Report of the Indian Hemp Drugs Commission, 1894-1895 - Volume III
Year: 1894
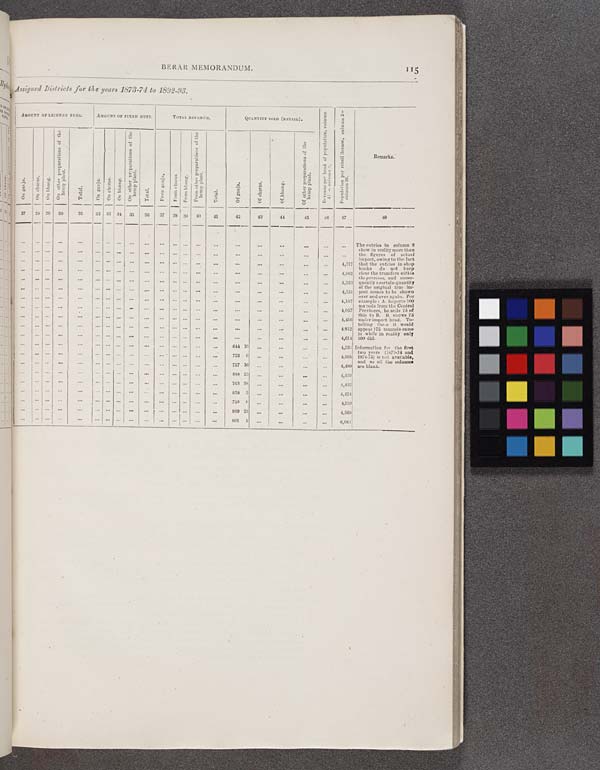
BERAR MEMORANDUM.
115
Assigned Districts for the years 1873-74 to 1892-93.
AMOUNT OF LICENSE FEES.
AMOUNT OF FIXED DUTY.
TOTAL REVENUE.
QUANTITY SOLD (RETAIL).
Revenue per head of population, column
41 ÷ column 2.
Population per retail license, column 2 ÷
column 26.
Remarks.
On ganja.
On charas.
On bhang.
On other preparations of the
hemp plant.
Total.
On ganja.
On Charas.
On bhang.
On other preparations of the
hemp plant.
Total.
From ganja.
From charas.
From bhang.
From other preparations of the
hemp plant.
Total.
Of ganja.
Of charas.
Of bhang.
Of other preparations of the
hemp plant.
Revenue per head of population, column
41 ÷ column 2.
Population per retail license, column 2 ÷
column 26.
Remarks.
27
28 29
30
31
32 33 34 35
36
37
38 39
40
41
42
43
44
45
46
47
48
The entries in column 9
show in reality more than
the figures of actual
import, owing to the fact
that the entries in shop
books
do not keep
clear the transfers within
the province, and conse-
quently a certain quantity
of the original true im-
port comes to be shown
over and over again. For
example: A. imports 100
maunds from the Central
Provinces, he sells 75 of
this to B. B. shows 75
under import head. To-
talling these it would
appear 175 maunds came
in while in reality only
100 did.
Information for the first
two years (1873-74 and
1874-75) is not available,
and so all the columns
are blank.
The entries in column 9
show in reality more than
the figures of actual
import, owing to the fact
that the entries in shop
books
do not keep
clear the transfers within
the province, and conse-
quently a certain quantity
of the original true im-
port comes to be shown
over and over again. For
example: A. imports 100
maunds from the Central
Provinces, he sells 75 of
this to B. B. shows 75
under import head. To-
talling these it would
appear 175 maunds came
in while in reality only
100 did.
Information for the first
two years (1873-74 and
1874-75) is not available,
and so all the columns
are blank.
4,317
The entries in column 9
show in reality more than
the figures of actual
import, owing to the fact
that the entries in shop
books
do not keep
clear the transfers within
the province, and conse-
quently a certain quantity
of the original true im-
port comes to be shown
over and over again. For
example: A. imports 100
maunds from the Central
Provinces, he sells 75 of
this to B. B. shows 75
under import head. To-
talling these it would
appear 175 maunds came
in while in reality only
100 did.
Information for the first
two years (1873-74 and
1874-75) is not available,
and so all the columns
are blank.
4,962
The entries in column 9
show in reality more than
the figures of actual
import, owing to the fact
that the entries in shop
books
do not keep
clear the transfers within
the province, and conse-
quently a certain quantity
of the original true im-
port comes to be shown
over and over again. For
example: A. imports 100
maunds from the Central
Provinces, he sells 75 of
this to B. B. shows 75
under import head. To-
talling these it would
appear 175 maunds came
in while in reality only
100 did.
Information for the first
two years (1873-74 and
1874-75) is not available,
and so all the columns
are blank.
4,333
The entries in column 9
show in reality more than
the figures of actual
import, owing to the fact
that the entries in shop
books
do not keep
clear the transfers within
the province, and conse-
quently a certain quantity
of the original true im-
port comes to be shown
over and over again. For
example: A. imports 100
maunds from the Central
Provinces, he sells 75 of
this to B. B. shows 75
under import head. To-
talling these it would
appear 175 maunds came
in while in reality only
100 did.
Information for the first
two years (1873-74 and
1874-75) is not available,
and so all the columns
are blank.
4,251
The entries in column 9
show in reality more than
the figures of actual
import, owing to the fact
that the entries in shop
books
do not keep
clear the transfers within
the province, and conse-
quently a certain quantity
of the original true im-
port comes to be shown
over and over again. For
example: A. imports 100
maunds from the Central
Provinces, he sells 75 of
this to B. B. shows 75
under import head. To-
talling these it would
appear 175 maunds came
in while in reality only
100 did.
Information for the first
two years (1873-74 and
1874-75) is not available,
and so all the columns
are blank.
4,187
The entries in column 9
show in reality more than
the figures of actual
import, owing to the fact
that the entries in shop
books
do not keep
clear the transfers within
the province, and conse-
quently a certain quantity
of the original true im-
port comes to be shown
over and over again. For
example: A. imports 100
maunds from the Central
Provinces, he sells 75 of
this to B. B. shows 75
under import head. To-
talling these it would
appear 175 maunds came
in while in reality only
100 did.
Information for the first
two years (1873-74 and
1874-75) is not available,
and so all the columns
are blank.
4,057
The entries in column 9
show in reality more than
the figures of actual
import, owing to the fact
that the entries in shop
books
do not keep
clear the transfers within
the province, and conse-
quently a certain quantity
of the original true im-
port comes to be shown
over and over again. For
example: A. imports 100
maunds from the Central
Provinces, he sells 75 of
this to B. B. shows 75
under import head. To-
talling these it would
appear 175 maunds came
in while in reality only
100 did.
Information for the first
two years (1873-74 and
1874-75) is not available,
and so all the columns
are blank.
4,456
The entries in column 9
show in reality more than
the figures of actual
import, owing to the fact
that the entries in shop
books
do not keep
clear the transfers within
the province, and conse-
quently a certain quantity
of the original true im-
port comes to be shown
over and over again. For
example: A. imports 100
maunds from the Central
Provinces, he sells 75 of
this to B. B. shows 75
under import head. To-
talling these it would
appear 175 maunds came
in while in reality only
100 did.
Information for the first
two years (1873-74 and
1874-75) is not available,
and so all the columns
are blank.
4,812
The entries in column 9
show in reality more than
the figures of actual
import, owing to the fact
that the entries in shop
books
do not keep
clear the transfers within
the province, and conse-
quently a certain quantity
of the original true im-
port comes to be shown
over and over again. For
example: A. imports 100
maunds from the Central
Provinces, he sells 75 of
this to B. B. shows 75
under import head. To-
talling these it would
appear 175 maunds came
in while in reality only
100 did.
Information for the first
two years (1873-74 and
1874-75) is not available,
and so all the columns
are blank.
4,614
The entries in column 9
show in reality more than
the figures of actual
import, owing to the fact
that the entries in shop
books
do not keep
clear the transfers within
the province, and conse-
quently a certain quantity
of the original true im-
port comes to be shown
over and over again. For
example: A. imports 100
maunds from the Central
Provinces, he sells 75 of
this to B. B. shows 75
under import head. To-
talling these it would
appear 175 maunds came
in while in reality only
100 did.
Information for the first
two years (1873-74 and
1874-75) is not available,
and so all the columns
are blank.
644 10
4,560
The entries in column 9
show in reality more than
the figures of actual
import, owing to the fact
that the entries in shop
books
do not keep
clear the transfers within
the province, and conse-
quently a certain quantity
of the original true im-
port comes to be shown
over and over again. For
example: A. imports 100
maunds from the Central
Provinces, he sells 75 of
this to B. B. shows 75
under import head. To-
talling these it would
appear 175 maunds came
in while in reality only
100 did.
Information for the first
two years (1873-74 and
1874-75) is not available,
and so all the columns
are blank.
722 0
4,568
The entries in column 9
show in reality more than
the figures of actual
import, owing to the fact
that the entries in shop
books
do not keep
clear the transfers within
the province, and conse-
quently a certain quantity
of the original true im-
port comes to be shown
over and over again. For
example: A. imports 100
maunds from the Central
Provinces, he sells 75 of
this to B. B. shows 75
under import head. To-
talling these it would
appear 175 maunds came
in while in reality only
100 did.
Information for the first
two years (1873-74 and
1874-75) is not available,
and so all the columns
are blank.
757 16
4,499
The entries in column 9
show in reality more than
the figures of actual
import, owing to the fact
that the entries in shop
books
do not keep
clear the transfers within
the province, and conse-
quently a certain quantity
of the original true im-
port comes to be shown
over and over again. For
example: A. imports 100
maunds from the Central
Provinces, he sells 75 of
this to B. B. shows 75
under import head. To-
talling these it would
appear 175 maunds came
in while in reality only
100 did.
Information for the first
two years (1873-74 and
1874-75) is not available,
and so all the columns
are blank.
888 23
4,439
The entries in column 9
show in reality more than
the figures of actual
import, owing to the fact
that the entries in shop
books
do not keep
clear the transfers within
the province, and conse-
quently a certain quantity
of the original true im-
port comes to be shown
over and over again. For
example: A. imports 100
maunds from the Central
Provinces, he sells 75 of
this to B. B. shows 75
under import head. To-
talling these it would
appear 175 maunds came
in while in reality only
100 did.
Information for the first
two years (1873-74 and
1874-75) is not available,
and so all the columns
are blank.
763 38
4,432
The entries in column 9
show in reality more than
the figures of actual
import, owing to the fact
that the entries in shop
books
do not keep
clear the transfers within
the province, and conse-
quently a certain quantity
of the original true im-
port comes to be shown
over and over again. For
example: A. imports 100
maunds from the Central
Provinces, he sells 75 of
this to B. B. shows 75
under import head. To-
talling these it would
appear 175 maunds came
in while in reality only
100 did.
Information for the first
two years (1873-74 and
1874-75) is not available,
and so all the columns
are blank.
838 3
4,424
The entries in column 9
show in reality more than
the figures of actual
import, owing to the fact
that the entries in shop
books
do not keep
clear the transfers within
the province, and conse-
quently a certain quantity
of the original true im-
port comes to be shown
over and over again. For
example: A. imports 100
maunds from the Central
Provinces, he sells 75 of
this to B. B. shows 75
under import head. To-
talling these it would
appear 175 maunds came
in while in reality only
100 did.
Information for the first
two years (1873-74 and
1874-75) is not available,
and so all the columns
are blank.
750 0
4,553
The entries in column 9
show in reality more than
the figures of actual
import, owing to the fact
that the entries in shop
books
do not keep
clear the transfers within
the province, and conse-
quently a certain quantity
of the original true im-
port comes to be shown
over and over again. For
example: A. imports 100
maunds from the Central
Provinces, he sells 75 of
this to B. B. shows 75
under import head. To-
talling these it would
appear 175 maunds came
in while in reality only
100 did.
Information for the first
two years (1873-74 and
1874-75) is not available,
and so all the columns
are blank.
939 23
4,568
The entries in column 9
show in reality more than
the figures of actual
import, owing to the fact
that the entries in shop
books
do not keep
clear the transfers within
the province, and conse-
quently a certain quantity
of the original true im-
port comes to be shown
over and over again. For
example: A. imports 100
maunds from the Central
Provinces, he sells 75 of
this to B. B. shows 75
under import head. To-
talling these it would
appear 175 maunds came
in while in reality only
100 did.
Information for the first
two years (1873-74 and
1874-75) is not available,
and so all the columns
are blank.
801 1
6,061
The entries in column 9
show in reality more than
the figures of actual
import, owing to the fact
that the entries in shop
books
do not keep
clear the transfers within
the province, and conse-
quently a certain quantity
of the original true im-
port comes to be shown
over and over again. For
example: A. imports 100
maunds from the Central
Provinces, he sells 75 of
this to B. B. shows 75
under import head. To-
talling these it would
appear 175 maunds came
in while in reality only
100 did.
Information for the first
two years (1873-74 and
1874-75) is not available,
and so all the columns
are blank.